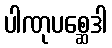
ပါဏုပစ္ဆေဒါ